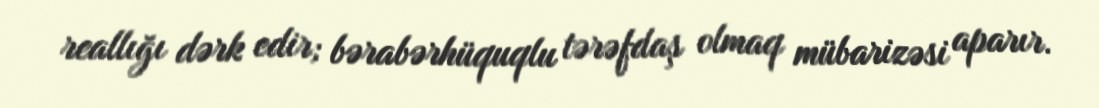
reallığı dərk edir; bərabərhüquqlu tərəfdaş olmaq mübarizəsi aparır.